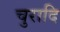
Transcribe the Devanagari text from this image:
चुरादि